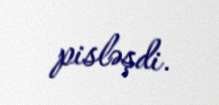
pisləşdi.